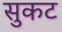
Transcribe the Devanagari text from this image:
सुकट